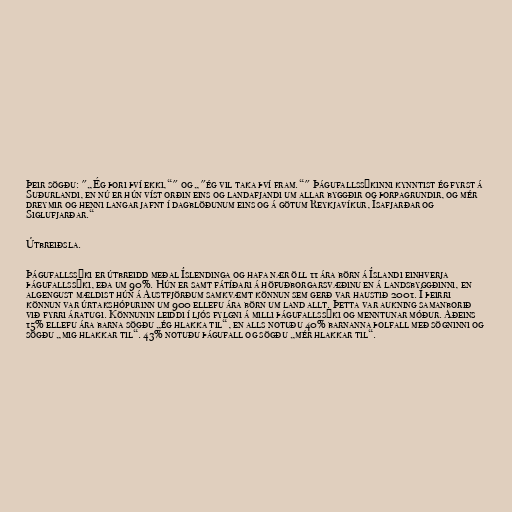
Þeir sögðu: "„Ég þori því ekki,“" og „"ég vil taka því fram.“" Þágufallssýkinni kynntist ég fyrst á
Suðurlandi, en nú er hún víst orðin eins og landafjandi um allar byggðir og þorpagrundir, og mér
dreymir og henni langar jafnt í dagblöðunum eins og á götum Reykjavíkur, Ísafjarðar og
Siglufjarðar.“

Útbreiðsla.

Þágufallssýki er útbreidd meðal Íslendinga og hafa nær öll 11 ára börn á Íslandi einhverja
þágufallssýki, eða um 90%. Hún er samt fátíðari á höfuðborgarsvæðinu en á landsbyggðinni, en
algengust mældist hún á Austfjörðum samkvæmt könnun sem gerð var haustið 2001. Í þeirri
könnun var úrtakshópurinn um 900 ellefu ára börn um land allt. Þetta var aukning samanborið
við fyrri áratugi. Könnunin leiddi í ljós fylgni á milli þágufallssýki og menntunar móður. Aðeins
15% ellefu ára barna sögðu „ég hlakka til“, en alls notuðu 40% barnanna þolfall með sögninni og
sögðu „mig hlakkar til“. 43% notuðu þágufall og sögðu „mér hlakkar til“.